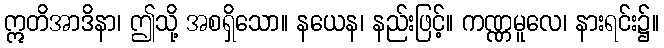
ဣတိအာဒိနာ၊ ဤသို့ အစရှိသော။ နယေန၊ နည်းဖြင့်။ ကဏ္ဏမူလေ၊ နားရင်း၌။